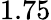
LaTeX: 1.75